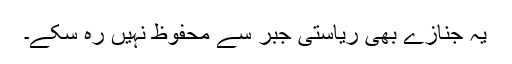
یہ جنازے بھی ریاستی جبر سے محفوظ نہیں رہ سکے۔